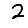
Digit: 2